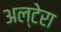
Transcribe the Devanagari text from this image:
अल्टेरा